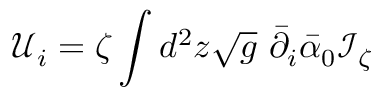
{ \mathcal U } _ { i } = \zeta \int d ^ { 2 } z \sqrt { g } \ \bar { \partial } _ { i } \bar { \alpha } _ { 0 } \mathcal I _ { \zeta }